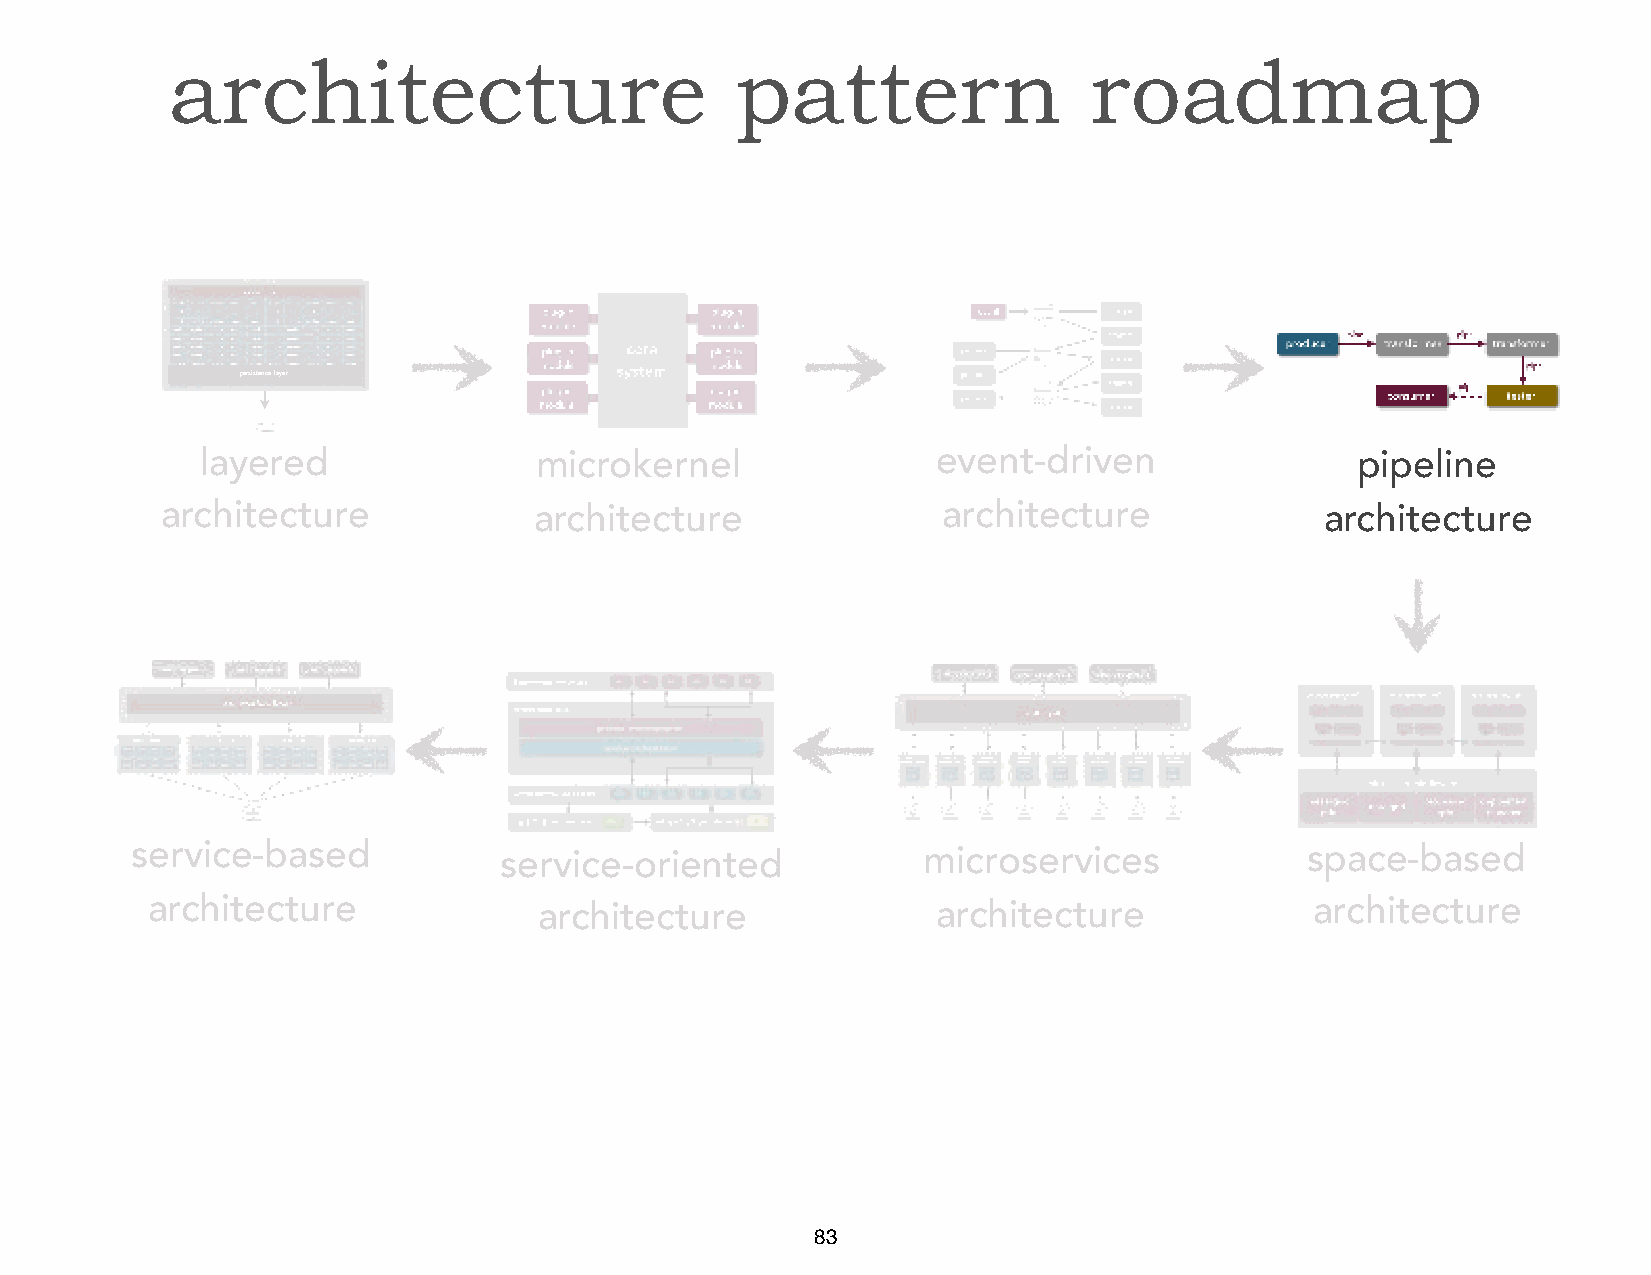
architecture                          pattern                roadmap
 persistence layer
 layered               microkernel                event-driven                pipeline
 architecture            architecture               architecture              architecture
 service-based           service-oriented            microservices            space-based
 architecture              architecture              architecture             architecture
 83